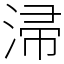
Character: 㴆